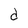
Character: d